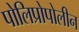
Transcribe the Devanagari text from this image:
पोलिप्रोपोलीन